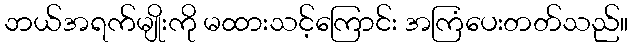
ဘယ်အရက်မျိုးကို မထားသင့်ကြောင်း အကြံပေးတတ်သည်။